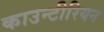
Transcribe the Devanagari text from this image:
काउन्टीरियन